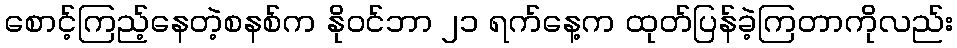
စောင့်ကြည့်နေတဲ့စနစ်က နိုဝင်ဘာ ၂၁ ရက်နေ့က ထုတ်ပြန်ခဲ့ကြတာကိုလည်း